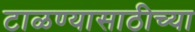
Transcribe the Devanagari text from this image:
टाळण्यासाठीच्या